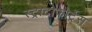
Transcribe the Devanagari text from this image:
स्ट्राटोफोर्ट्रेस